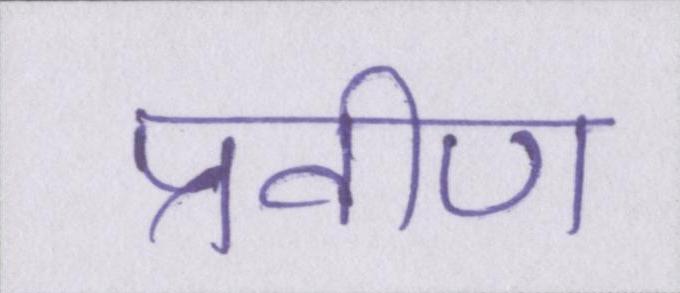
प्रवीण